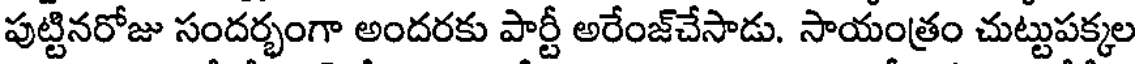
పుట్టినరోజు సందర్భంగా అందరకు పార్టీ అరేంజ్చేసాడు. సాయంత్రం చుట్టుపక్కల